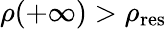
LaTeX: \rho(+\infty)>\rho_{\mathrm{res}}